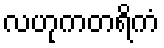
လဟုကတရိကံ